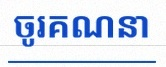
ចូរគណនា